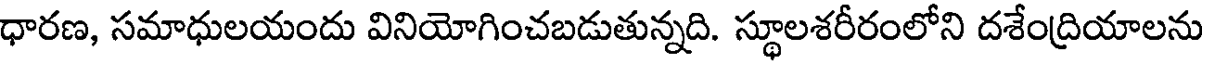
ధారణ, సమాధులయందు వినియోగించబడుతున్నది. స్థూలశరీరంలోని దశేంద్రియాలను